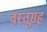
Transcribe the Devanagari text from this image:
वस्तूंसह